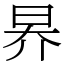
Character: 昦